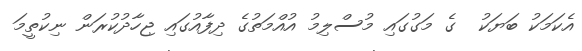
އެކަމަކު ބަޔަކު  ގެ މަގުގައި މުސްލިމު އުއްމަތުގެ ދިފާއުގައި ޖިހާދުކުރަން ނިކުތީމަ